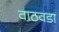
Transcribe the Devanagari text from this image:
वाठवडा